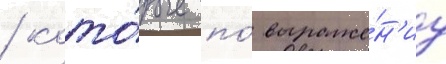
/ кото́рые по́ выраже́н'иу